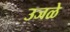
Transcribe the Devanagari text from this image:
उजळे